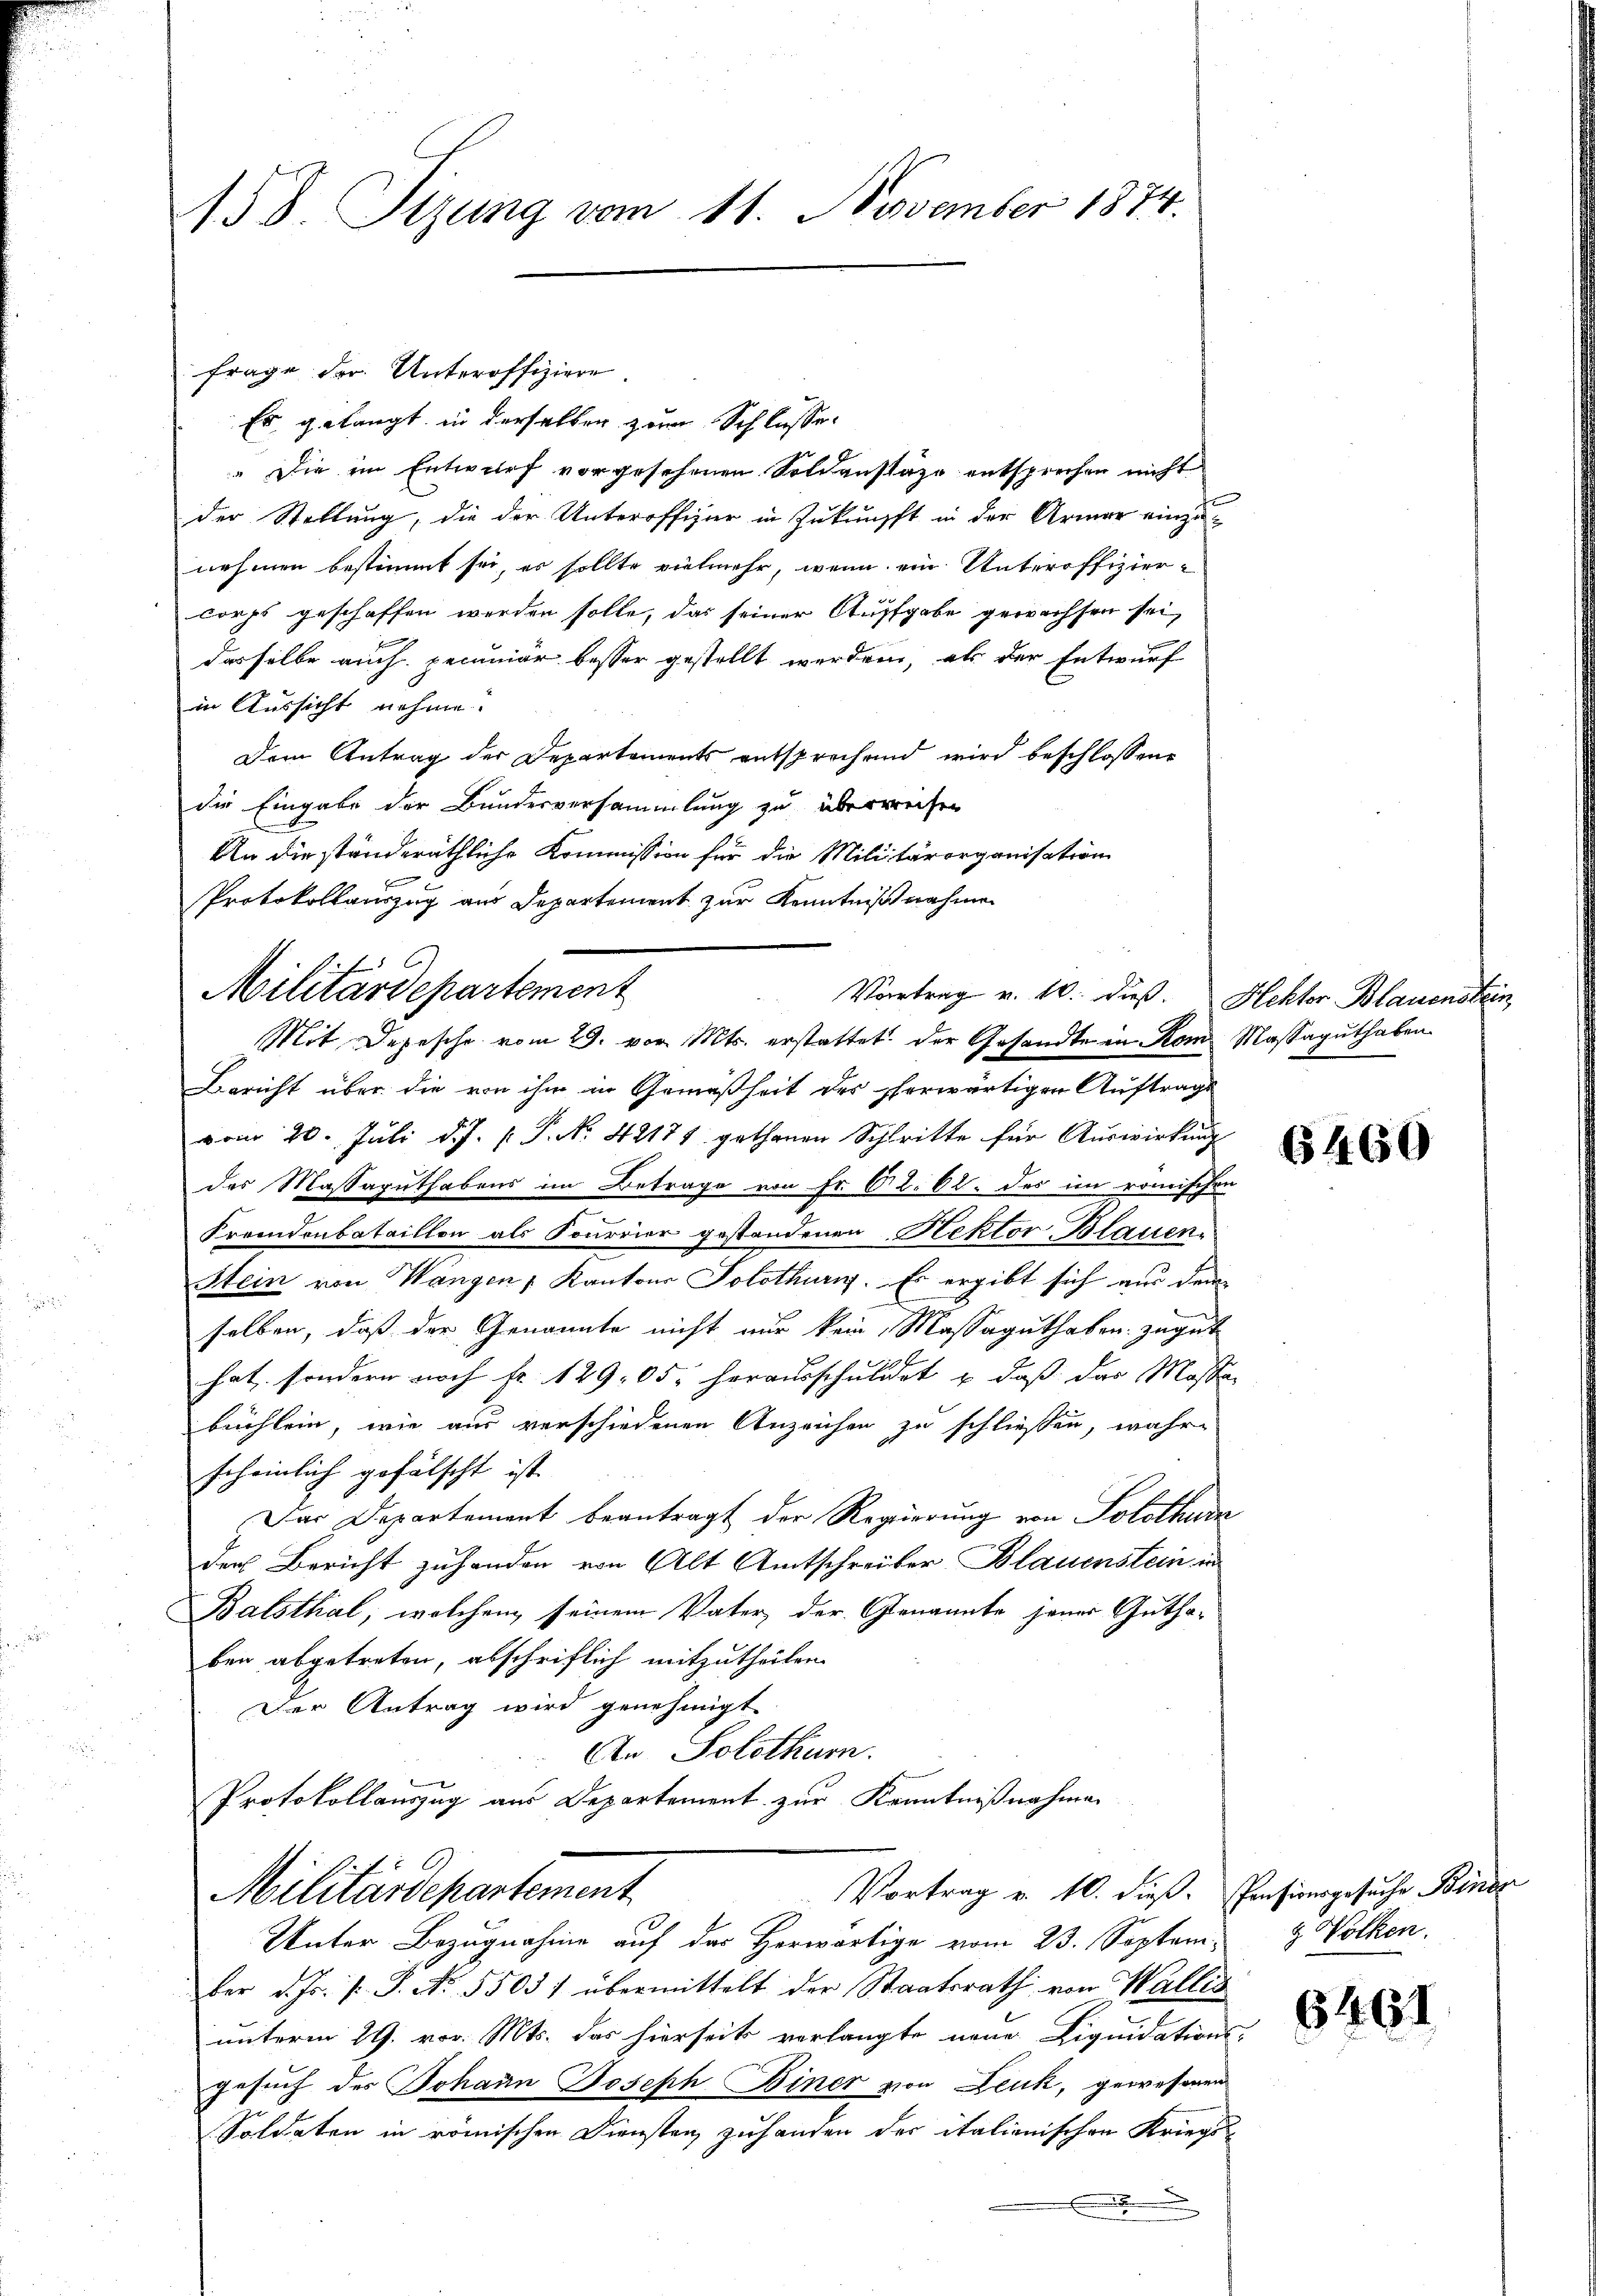
158. Sizung vom 11. November 1874.

Es gelangt in derselben zum Schlusse
 Die im Entwurf vorgesehenen Soldanstage entsprechen nicht
der Stellung, die der Unteroffizier in Zuknüpft in der Armer einzu
nehmen bestimmt sei, er sollte vielmehr, wenn ein Unteroffizier-
corps geschaffen werden solle, das seiner Aufgabe gewachsen sei,
dasselbe auch genmär besser gestellt werden, als der Entwurf
in Aussicht nehme.
Dem Antrag der Departements entsprechend wird beschlossene
die Eingabe der Bundesversammlung zu überreichen
l
An die ständeräthliche Kommission für die Militärorganisation
E
Protokollauszug aus Departement zur Kenntnißnahmen
Mit Depesche vom 29. vor. Mts. erstattet der Gesandte in Rom Massaguthaben
Bericht über die von ihm in Gemäßheit des herwärtigen Auftrags
vom 20. Juli d. J. P. P. N. 42171 gethanen Schritte für Auswirkung
des Massaguthabens im Betrage von Fr. 62. 62. des im römischen
Fremdenbataillon als Fourrier gestandenen Hektor Blauen¬
Stein von Wangen Kantons Solothurig. Es ergibt sich aus dem
selben, daß der Genannte nicht nur kein Massaguthaben zugut
hat, sondern noch Fr. 129. 05 herausschuldet & daß das Massen
beichlein, wie aus verschiedenen Anzeichen zu schließen, wahre
scheinlich gefälscht ist.
Das Departement beantragt der Regierung von Solothurn
der Bericht zuhanden von Alt Amtschreiber Blauenstein in
Balsthal, welchem seinem Vater, der Genannte jener Guthaben abgetreten, abschriftlich mitzutheilen.
Der Antrag wird genehmigt.
An Solothur.
Protokollauszug aus Departement zur Kenntnißnahmen

frage der Unteroffiziere

Militärdepartement
Vortrag v. 10. dieß. Hektor Blauenstein

Militärdepartement

Vortrag v. 10. dieß. Pensionsgesuche Binor

Unter Bezugnahme auf das Herwärtige vom 23. Septem- & Volken,
ber d. Js. s. S. No. 55031 übermittelt der Staatsrath von Wallis
unterm 29. vor. Mts. das hierseits verlangte neue Liquidations-
gesuch des Johann Joseph Diner von Leuk, gewesenen
Soldaten in römischen Diensten zuhanden der italienischen Kriegs¬
.

6460

6461